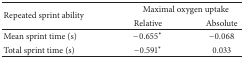
| <ROWSPAN=2> Repeated sprint ability | <COLSPAN=2> Maximal oxygen uptake |
 | Relative | Absolute |
 | --- | --- | --- |
 | Mean sprint time (s) | −0.655* | −0.068 |
 | Total sprint time (s) | −0.591* | 0.033 |